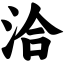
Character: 洽